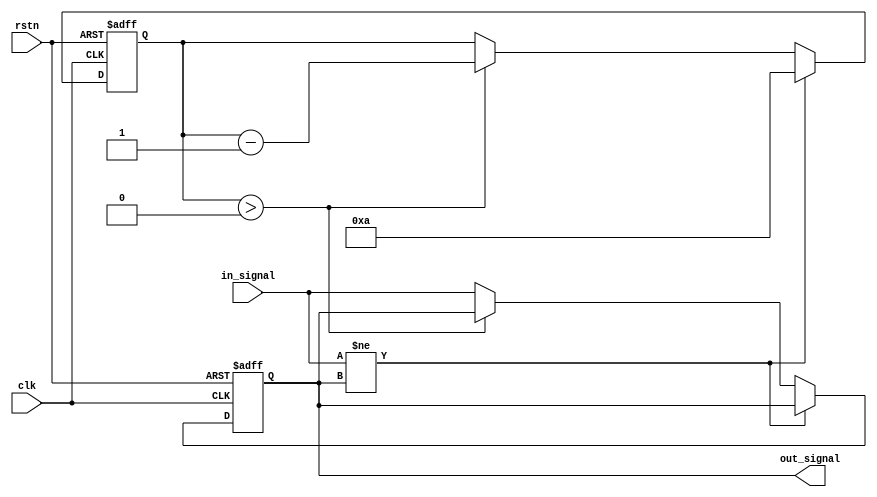
module Delay #(parameter DELAY_TIME = 10) (
    input wire clk,                    // Clock signal
    input wire rstn,                   // Active low reset
    input wire in_signal,              // Input signal to be delayed
    output reg out_signal              // Output signal reflecting the delayed input
);

    // Internal signal to hold the delayed value
    reg [31:0] delay_counter;           // Counter for delay timing
    reg input_stable;                   // Indicates if the input has stabilized

    // State machine for delay processing
    always @(posedge clk or negedge rstn) begin
        if (!rstn) begin
            out_signal <= 1'b0;         // Reset output signal
            delay_counter <= 0;         // Reset delay counter
            input_stable <= 1'b0;       // Input is not stable
        end else begin
            // Check for input change
            if (in_signal != out_signal) begin
                delay_counter <= DELAY_TIME; // Start delay counter
                input_stable <= 1'b0;        // Input is not stable
            end else if (delay_counter > 0) begin
                delay_counter <= delay_counter - 1; // Decrement counter
            end else begin
                out_signal <= in_signal;      // Update output signal
                input_stable <= 1'b1;         // Input is stable
            end
        end
    end

endmodule